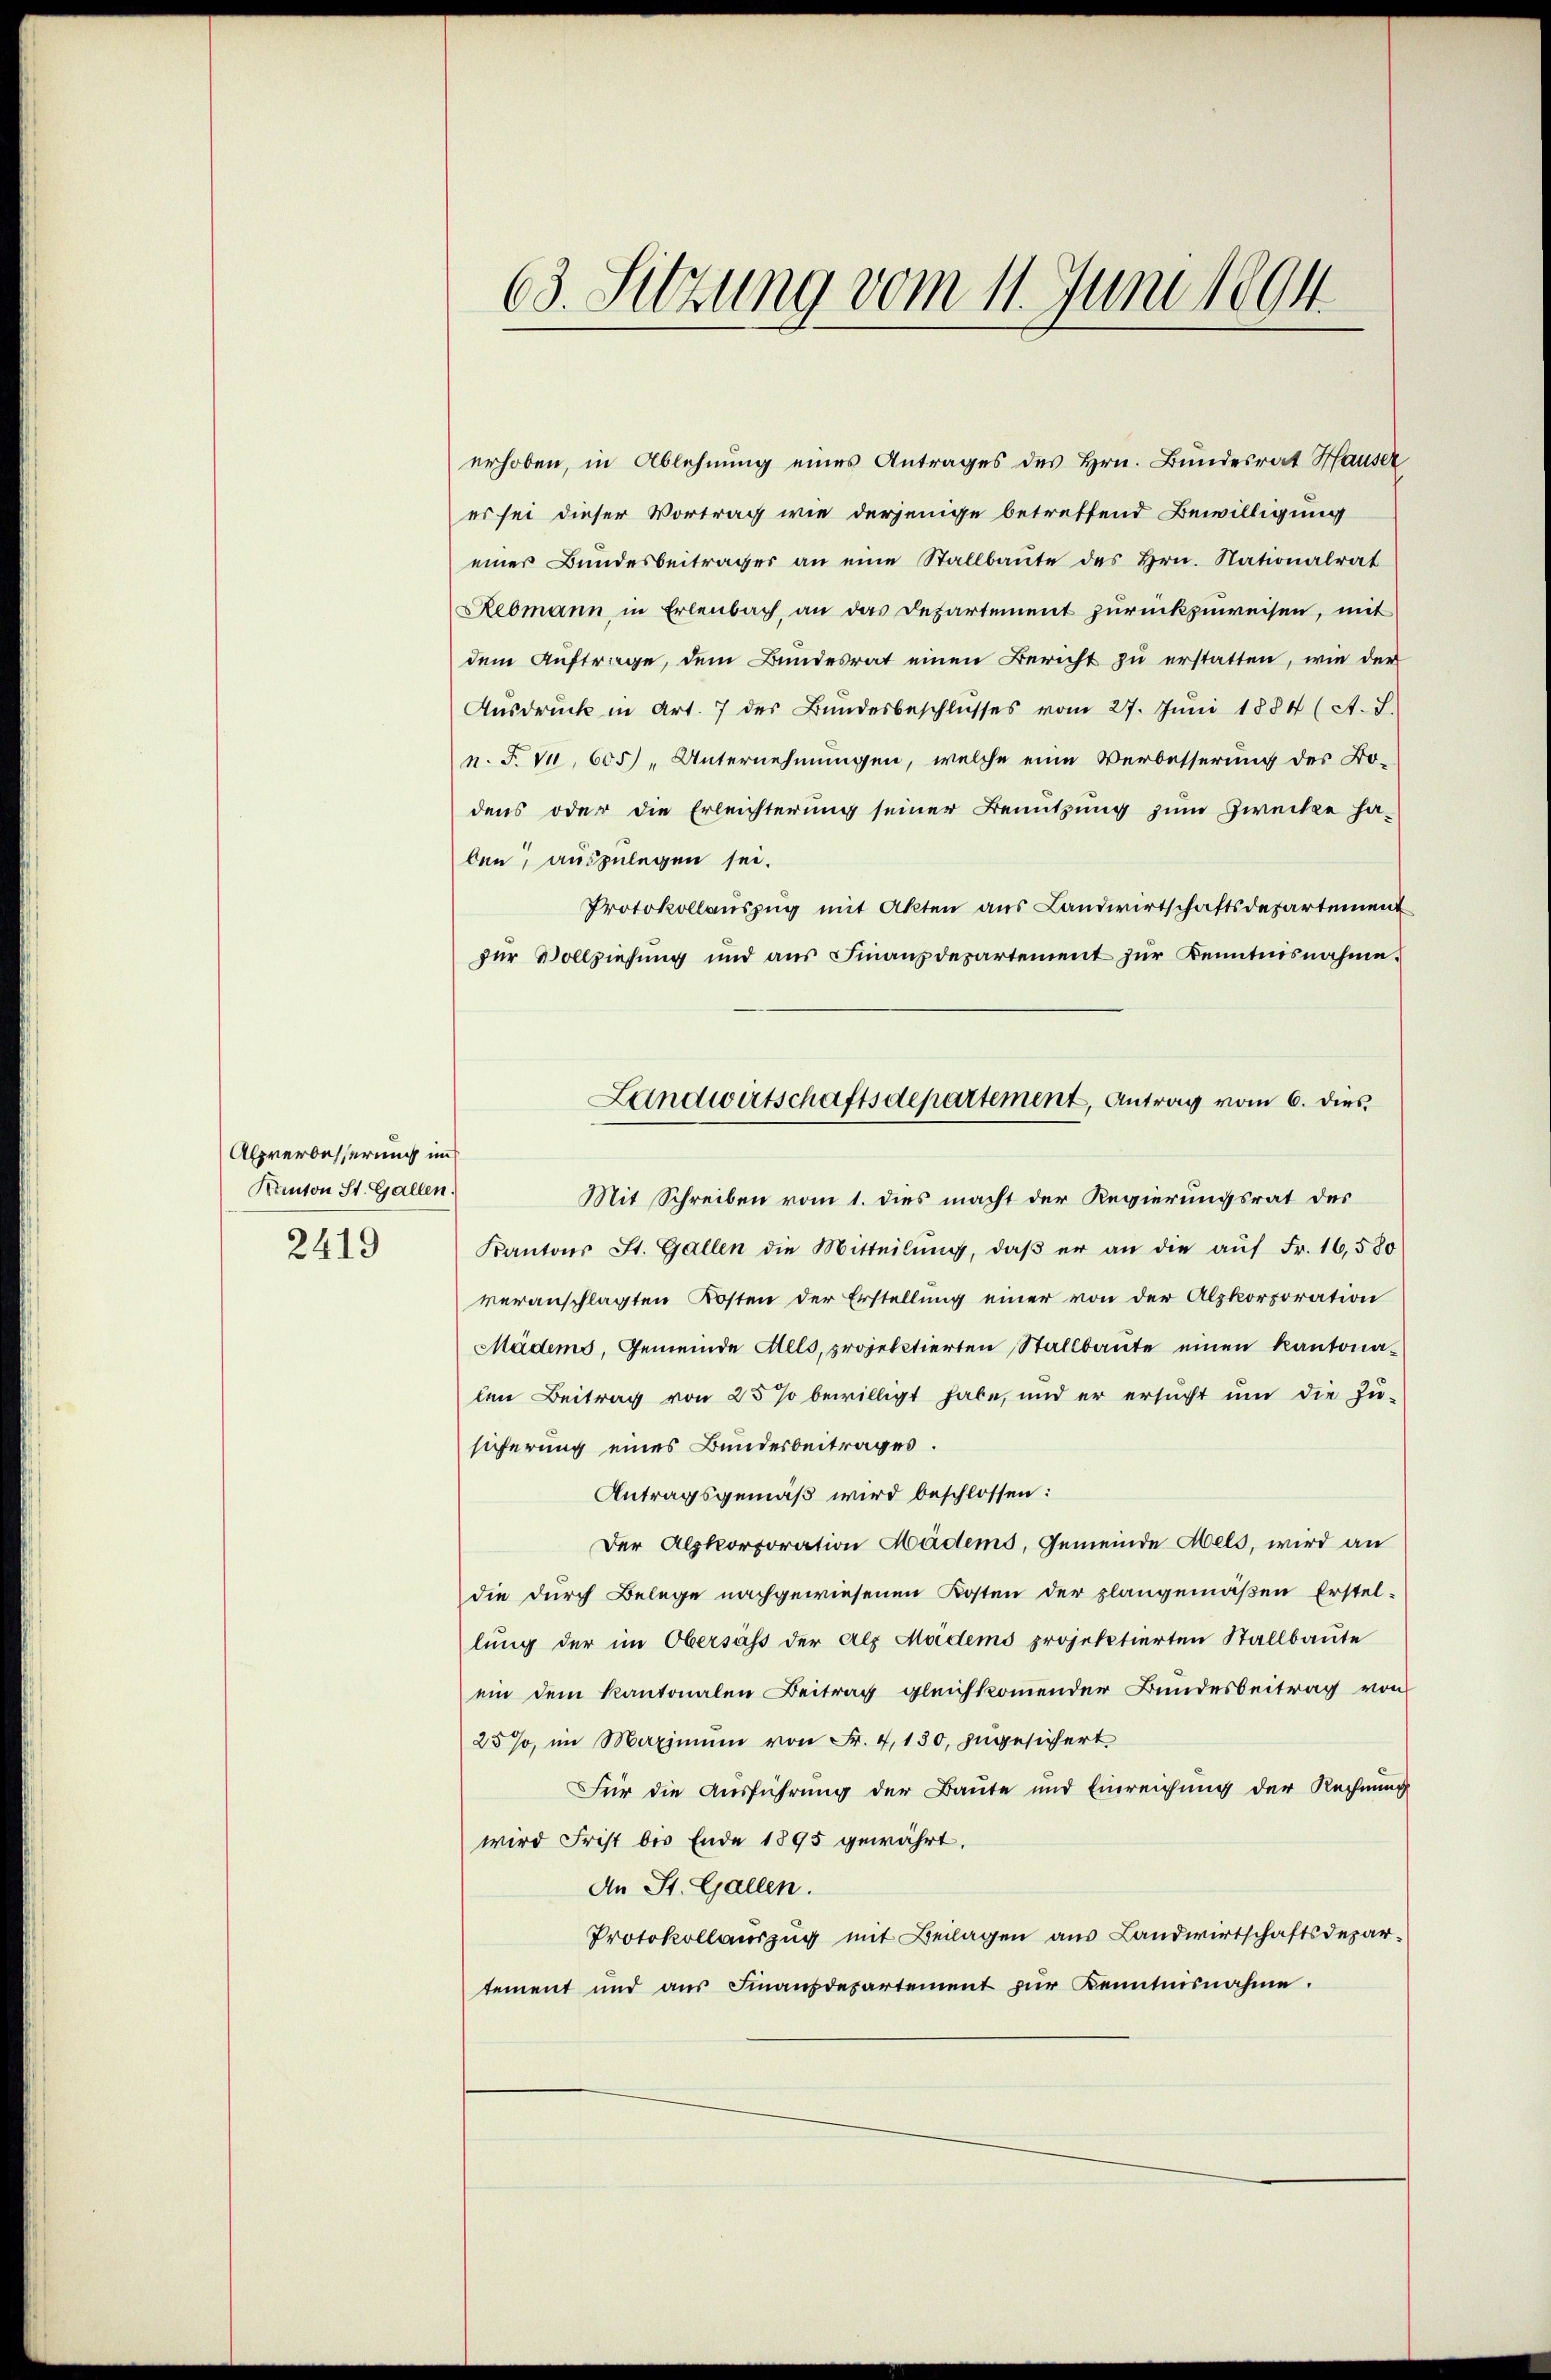
Alpverbesserung im
Kanton St. Gallen.
2419

erhoben, in Ablehnung eines Antrages des Hrn. Bundesrat Hauser
es sei dieser Vortrag wie derjenige betreffend Bewilligung
einer Bundesbeiträger an eine Stallbaute des Hrn. Nationalrat
Rebmann in Erlenbach, an das Departement zurückzuweisen, mit
dem Auftrage, dem Bundesrat einen Bericht zu erstatten, wie der
Ausdruck in Art. 7 des Bundesbeschlŭsses vom 27. Jŭni 1884 (A. S.
n. F. v. 605) „Unternehmungen, welche eine Verbesserung des Bo-
dens oder die Erleichterung seiner Benutzung zum Zwecke ha-
den, auszulegen sei.
Protokollauszug mit Akten aus Landwirtschaftsdepartement
zur Vollziehung und aus Finanzdepartement zur Kenntnisnahme.
Mit Schreiben vom 1. dies macht der Regierungsrat des
Kantons St. Gallen die Mitteilŭng, daβ er an die aŭf Fr. 16,580
veranschlagten Kosten der Erstellung einer von der Alpkorporation
Mädens, Gemeinde Alls, projektierten Stallbaute einen Kantonalen Beitrag von 25 so bewilligt habe, und er ersucht um die Zu-
sicherung eines Bundesbeitrages.
Antragsgemäß wird beschlossen:
Der Alpkorporation Mädens, Gemeinde Mels, wird an
die durch Belege nachgewiesenen Kosten der plangemäßen Erstel-
lung der im Obersass der Alp Modens projektierten Stallbaute
ein dem Kantonalen Beitrag gleichkommender Bundesbeitrag von
25%, im Maximum von Fr. 4, 130, zugesichert
Für die Ausführung der Baute und Einreichung der Rechnung
wird Frist bis Ende 1895 gewährt.
An St. Gallen.
Protokollauszug mit Beilagen aus Landwirtschaftsdepartement und aŭs Finanzdepartement zur Kenntnisnahme.

63. Sitzung vom 11. Juni 1894.

Lundwirtschaftsdepartement, Antrag vom 6. dies